Aleksander_Warma, lk 6
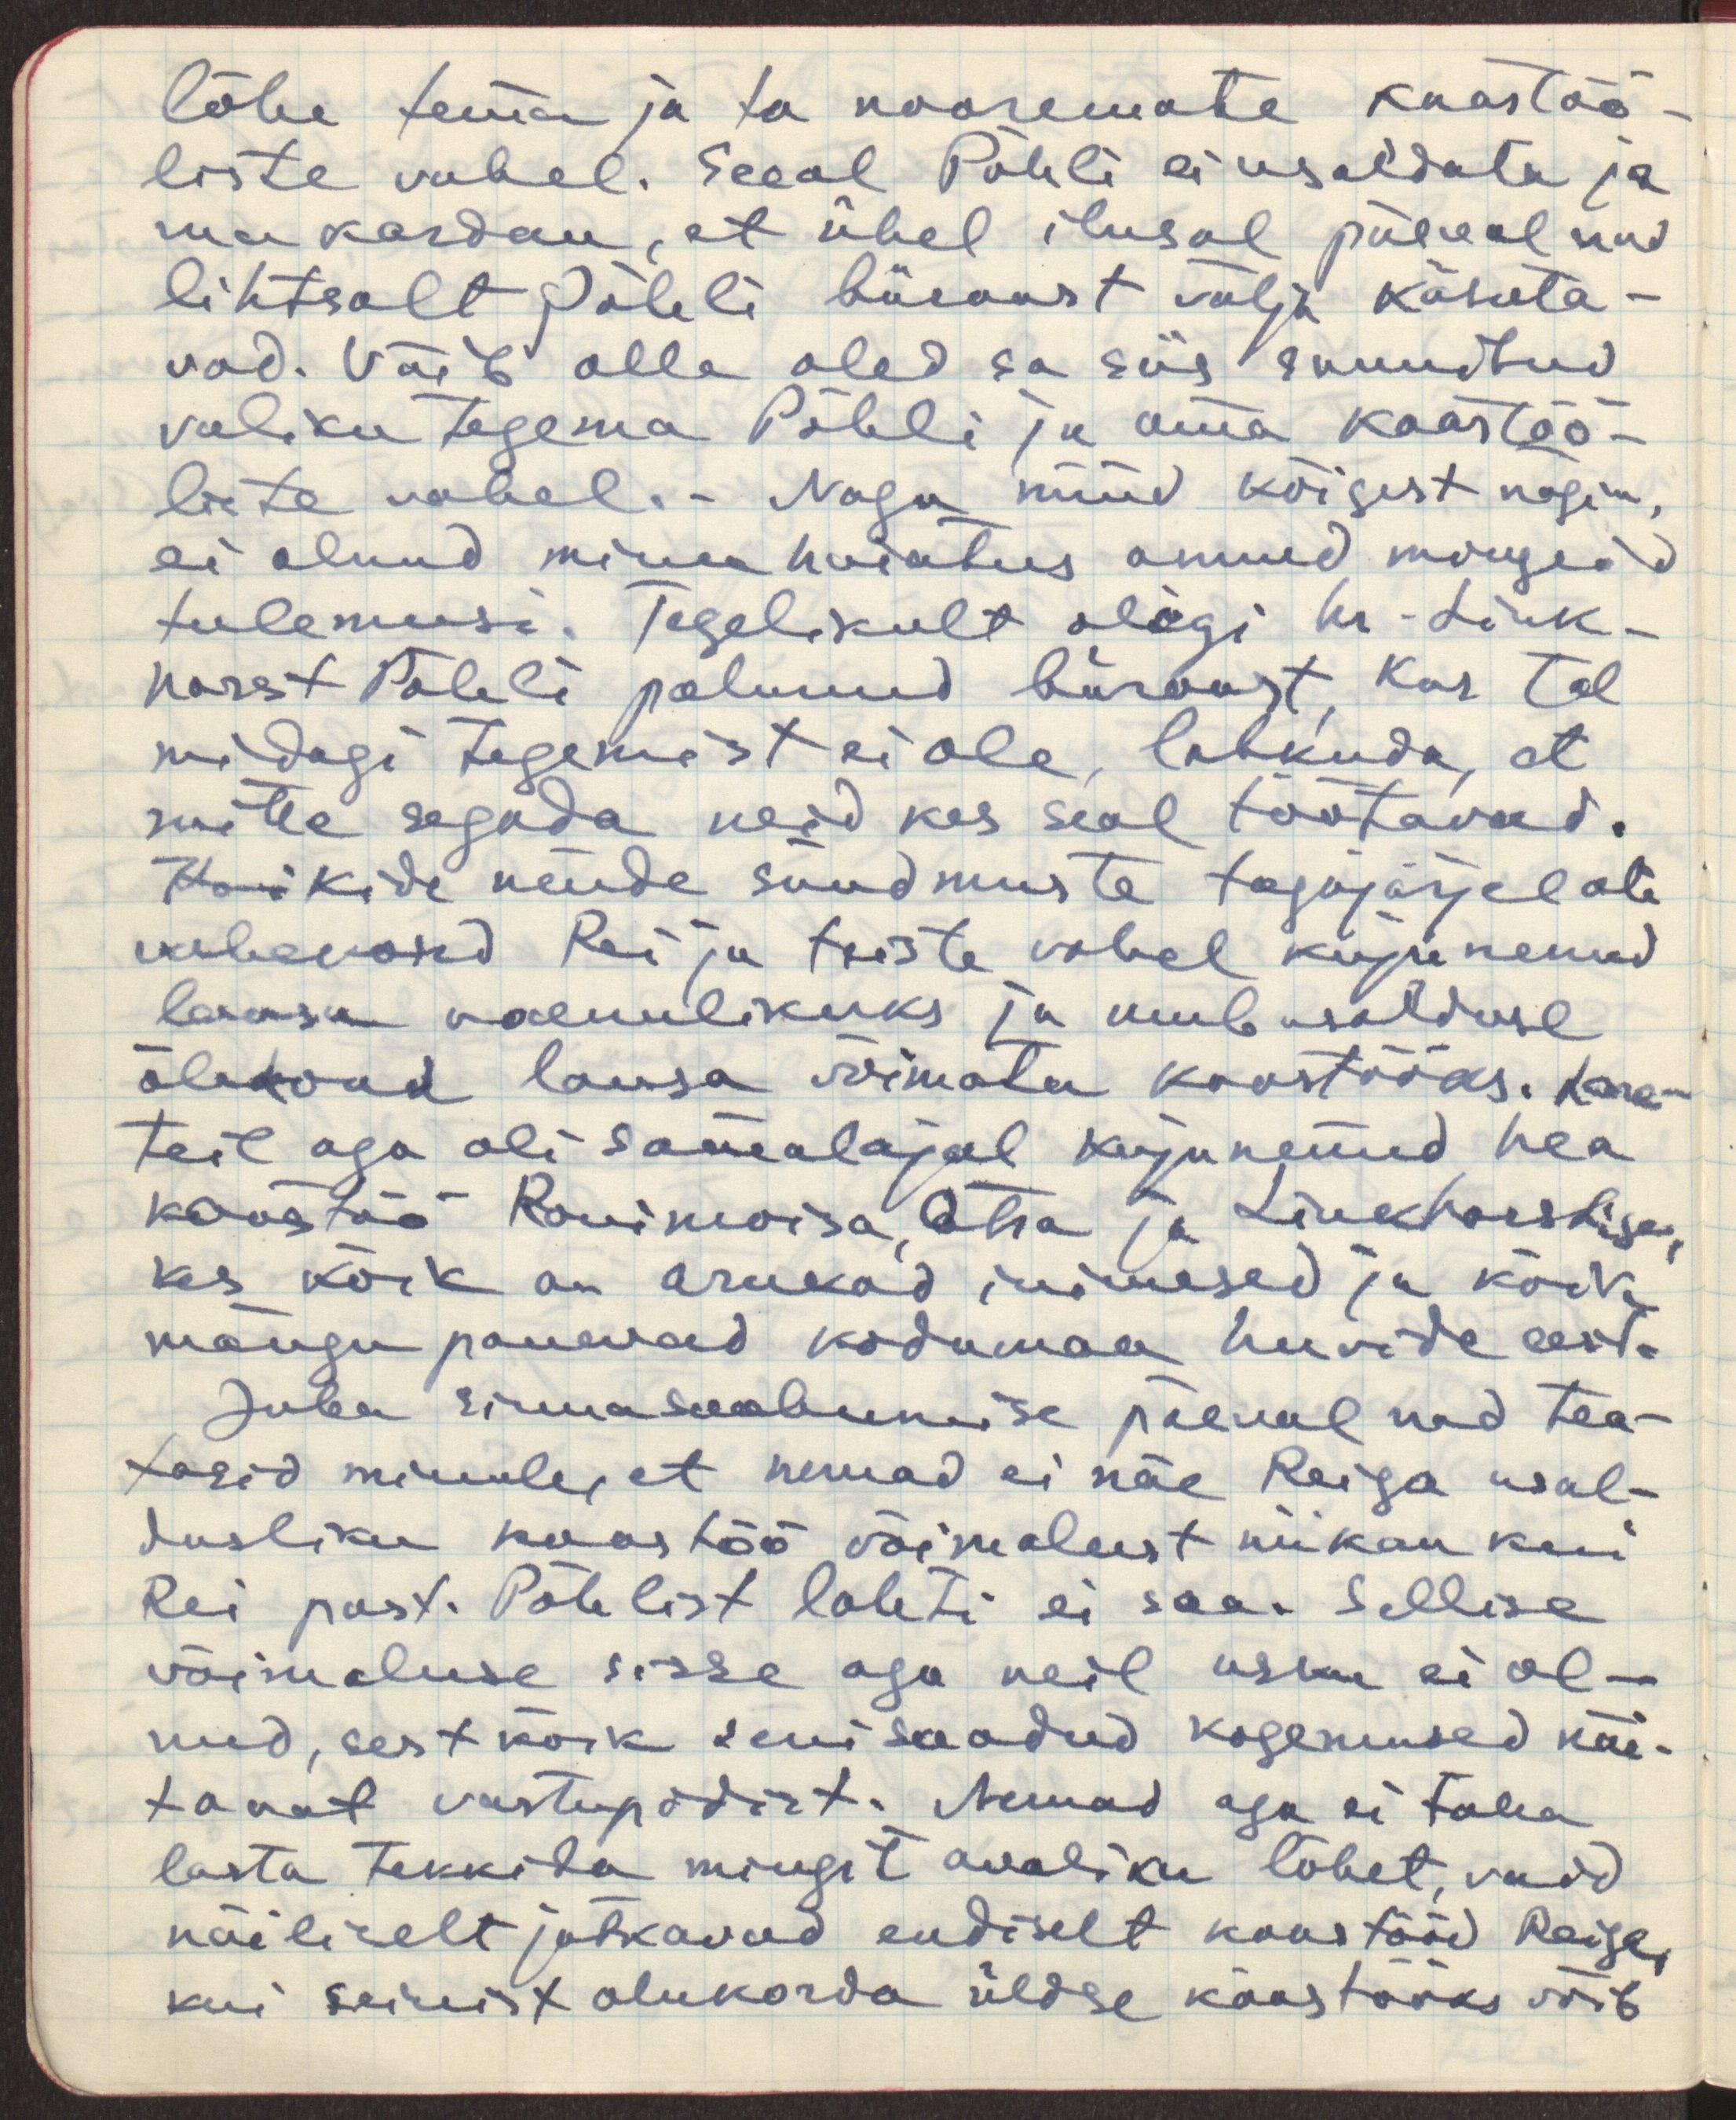
lõhe tema ja ta nooremate kaastöö-
liste vahel. Seeal Pöhli ei usaldata ja
ma kardan, et ühel ilusal päeval nad
lihtsalt Pöhli büroost välja käsuta-
vad. Võib olla oled sa siis sunnitud
valiku tegema Pöhli ja oma kaastöö-
liste vahel. Nagu nüüd kõigest nägin,
ei olnud minu hoiatus annud mingeid
tulemusi. Tegelikult oligi hr. Link-
horst Pöhli palunud büroost, kus tal
midagi tegemist ei ole, lahkuda, et
mitte segada neid kes seal töötavad.
Koikide nende sündmuste tagajärjel oli
vahekord Rei ja teiste vahel kujunenud
lausa vaenulikuks ja umbusalduse
õhkond olevad lausa võimatu koostööks. Lare-
teil aga oli samalajal kujunenud hea
koostöö Ronimoisa, Otsa ja Linkhorstiga,
kes kõik on arukad inimesed ja kõik
mängu panevad kodumaa huvide eest.
Juba sinna saabumise päeval nad tea-
tasid minule, et nemad ei näe Reiga usal-
dusliku koostöö võimalust niikau kui
Rei past. Pöhlist lahti ei saa. Sellise
võimaluse sisse aga neil usku ei ol-
nud, sest kõik senisaadud kogemuse näi-
tavat vastupidist. Nemad aga ei taha
lasta tekkida mingit avaliku lõhet, vaid
näiliselt jätkavad endiselt koostööd Reiga,
kui senist olukorda üldse kaastööks võib